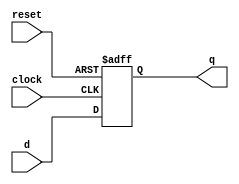
module six_b (reset,clock,d,q);
input d;
input clock;
input reset;
output reg q;
always @ ( posedge clock or  negedge reset)
begin
if (!reset)
q<= 0;
else 
q<=d;
 end
 endmodule